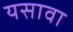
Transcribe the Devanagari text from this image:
यसावा